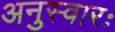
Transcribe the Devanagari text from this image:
अनुस्वारः